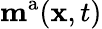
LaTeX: \mathbf{m}^{\mathrm{a}}(\mathbf{x},t)